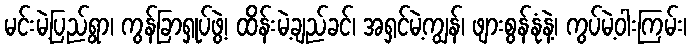
မင်းမဲ့ပြည်ရွာ၊ ကွန်ခြာရှုပ်ဖွဲ့၊ ထိန်းမဲ့ချည်ခင်၊ အရှင်မဲ့ကျွန်၊ ဖျားစွန်နုံနဲ့၊ ကွပ်မဲ့ဝါးကြမ်း၊